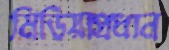
মিডিয়াপ্রধান